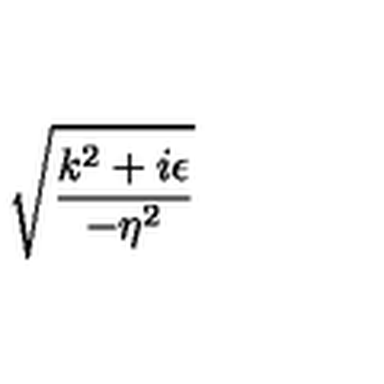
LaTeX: \sqrt { \frac { k ^ { 2 } + i \epsilon } { - \eta ^ { 2 } } }